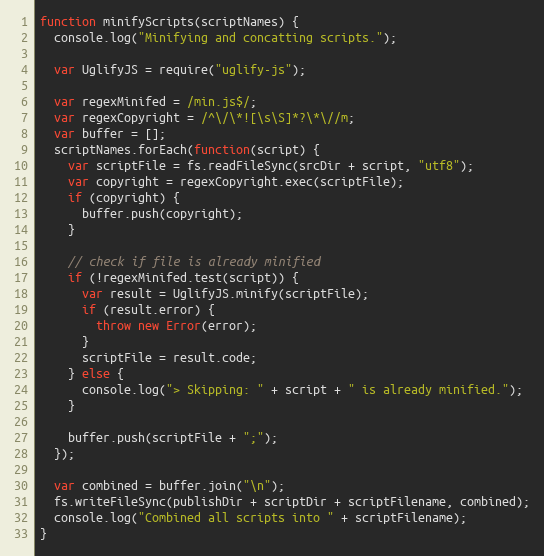
Language: JavaScript
function minifyScripts(scriptNames) {
  console.log("Minifying and concatting scripts.");

  var UglifyJS = require("uglify-js");

  var regexMinifed = /min.js$/;
  var regexCopyright = /^\/\*![\s\S]*?\*\//m;
  var buffer = [];
  scriptNames.forEach(function(script) {
    var scriptFile = fs.readFileSync(srcDir + script, "utf8");
    var copyright = regexCopyright.exec(scriptFile);
    if (copyright) {
      buffer.push(copyright);
    }

    // check if file is already minified
    if (!regexMinifed.test(script)) {
      var result = UglifyJS.minify(scriptFile);
      if (result.error) {
        throw new Error(error);
      }
      scriptFile = result.code;
    } else {
      console.log("> Skipping: " + script + " is already minified.");
    }

    buffer.push(scriptFile + ";");
  });

  var combined = buffer.join("\n");
  fs.writeFileSync(publishDir + scriptDir + scriptFilename, combined);
  console.log("Combined all scripts into " + scriptFilename);
}